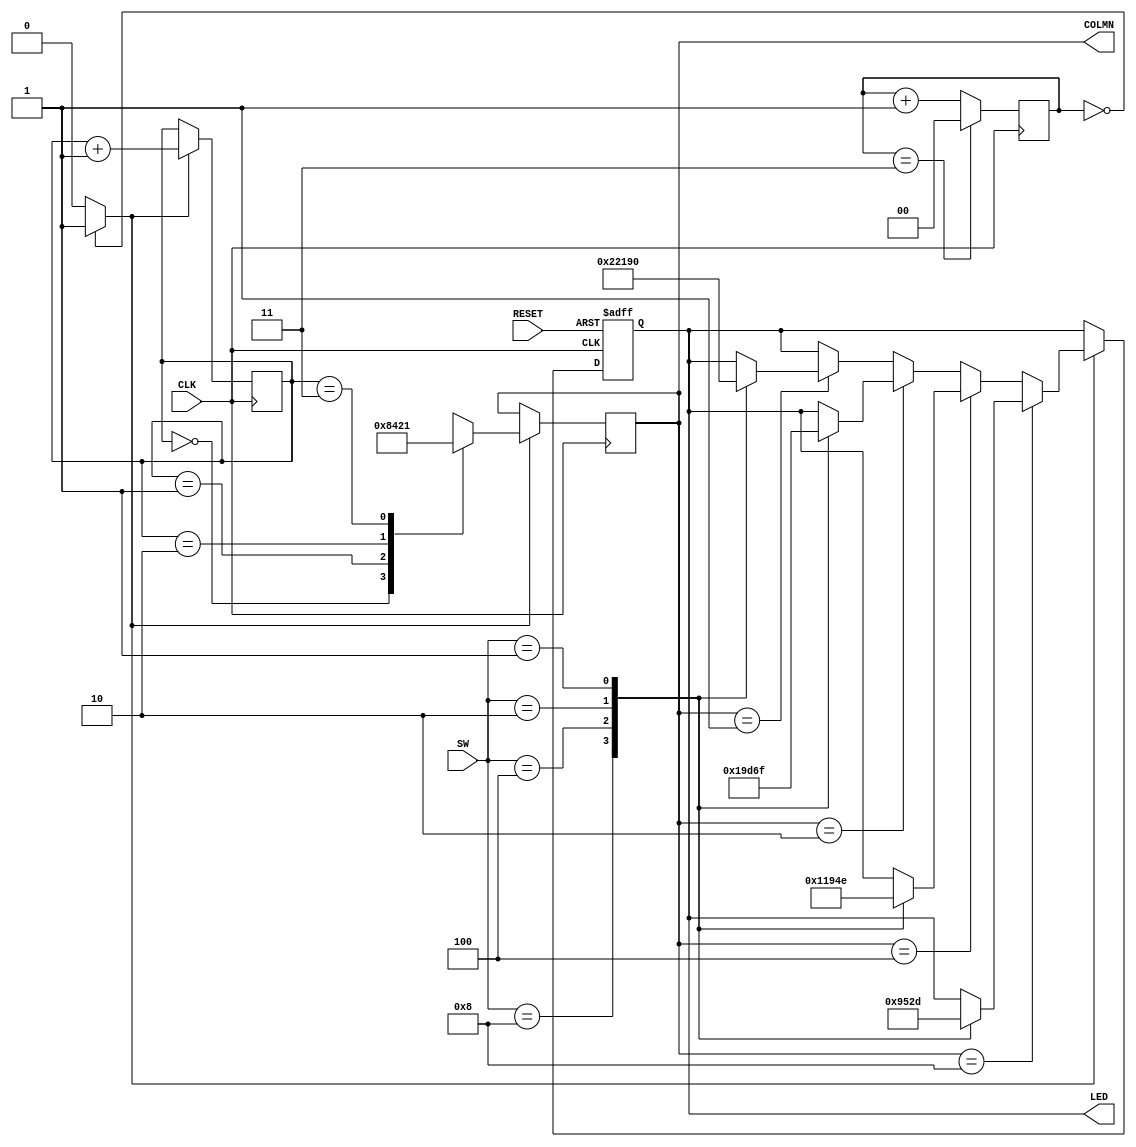
module SW_Matrix(CLK, RESET, COLMN, SW, LED);

	input CLK, RESET;
	input [3:0] SW;
	
	output [3:0] COLMN;
	output [4:0] LED;
	
	reg [3:0] COLMN;
	reg [4:0] LED;
	reg [1:0] count = 0;
	
	reg [1:0] tmp_count = 0;
	
	always @(posedge CLK)
		tmp_count <= (tmp_count == 3 ? 0 : tmp_count + 1);
		
	assign Enable = (tmp_count == 0 ? 1 : 0);
	
	always @(posedge CLK)
		if (Enable == 1) count <= count + 1;
		
	always @(posedge CLK) begin
		if (Enable == 1) begin
			case (count)
				2'b00: COLMN <= 4'b1000;
				2'b01: COLMN <= 4'b0100;
				2'b10: COLMN <= 4'b0010;
				2'b11: COLMN <= 4'b0001;
			endcase
		end
	end
	
	always @(posedge CLK or negedge RESET) begin
		if (!RESET) LED <= 0;
		else if (Enable == 1) begin
			if (COLMN == 4'b1000) begin
				case (SW)
					4'b1000: LED <= 1;
					4'b0100: LED <= 5;
					4'b0010: LED <= 9;
					4'b0001: LED <= 13;
				endcase
			end
			else if (COLMN == 4'b0100) begin
				case (SW)
					4'b1000: LED <= 2;
					4'b0100: LED <= 6;
					4'b0010: LED <= 10;
					4'b0001: LED <= 14;
				endcase
			end
			else if (COLMN == 4'b0010) begin
				case (SW)
					4'b1000: LED <= 3;
					4'b0100: LED <= 7;
					4'b0010: LED <= 11;
					4'b0001: LED <= 15;
				endcase
			end
			else if (COLMN == 4'b0001) begin
				case (SW)
					4'b1000: LED <= 4;
					4'b0100: LED <= 8;
					4'b0010: LED <= 12;
					4'b0001: LED <= 16;
				endcase
			end
		end
	end
	
endmodule